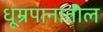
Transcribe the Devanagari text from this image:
धूम्रपानातील